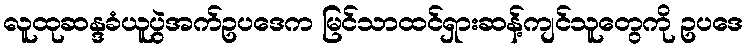
လူထုဆန္ဒခံယူပွဲအက်ဥပဒေက မြင်သာထင်ရှားဆန့်ကျင်သူတွေကို ဥပဒေ